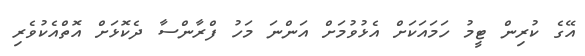
އޭގެ ކުރިން ޓީމު ހަމައަކަށް އެޅުވުމަށް އަންނަ މަހު ފްރާންސާ ދެކޮޅަށް އޮތްއެކުވެރި